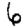
Digit: 6